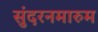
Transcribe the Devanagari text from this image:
सुंदरनमारुम